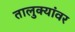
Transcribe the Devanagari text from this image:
तालुक्यांवर